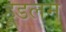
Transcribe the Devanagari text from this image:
हूडलम